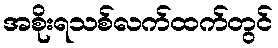
အစိုးရသစ်လက်ထက်တွင်